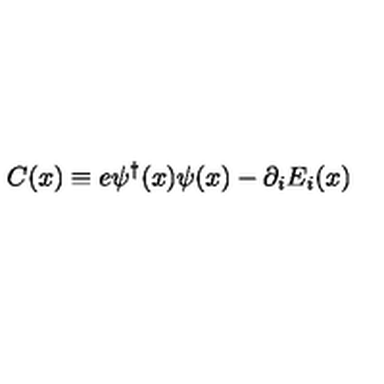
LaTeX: C ( x ) \equiv e \psi ^ { \dagger } ( x ) \psi ( x ) - \partial _ { i } E _ { i } ( x )